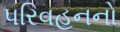
પરિવહનનો